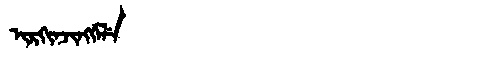
Manchu: ᡳᡵᡴᡳᠨᠵᡳᠩᡤᡝᠯᡝ
Romanization: IRKINJINGGELE